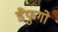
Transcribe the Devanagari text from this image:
डैफुगो